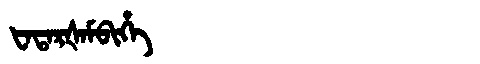
Manchu: ᡶᠠᡨᠠᡵᡧᠠᠮᠪᡳᡥᡝ
Romanization: FATARŠAMBIHE